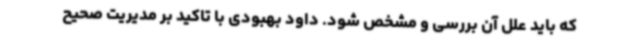
که باید علل آن بررسی و مشخص شود. داود بهبودی با تاکید بر مدیریت صحیح